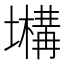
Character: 𡒫